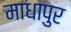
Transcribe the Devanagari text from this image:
माधापुर